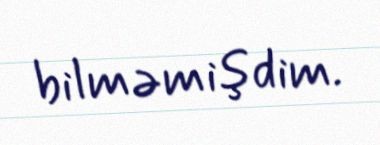
bilməmişdim.